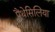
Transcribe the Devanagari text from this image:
पैंथेसिलिया